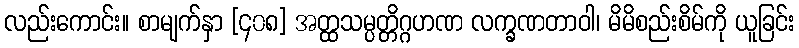
လည်းကောင်း။ စာမျက်နှာ [၄၀၈] အတ္ထသမ္ပတ္တိဂ္ဂဟဏ လက္ခဏတာဝါ၊ မိမိစည်းစိမ်ကို ယူခြင်း